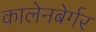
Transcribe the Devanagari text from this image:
कालेनबेर्गर